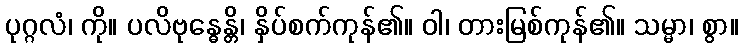
ပုဂ္ဂလံ၊ ကို။ ပလိဗုန္ဓေန္တိ၊ နှိပ်စက်ကုန်၏။ ဝါ၊ တားမြစ်ကုန်၏။ သမ္မာ၊ စွာ။